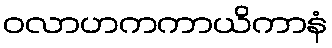
ဝလာဟကကာယိကာနံ